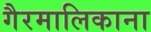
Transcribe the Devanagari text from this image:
गैरमालिकाना